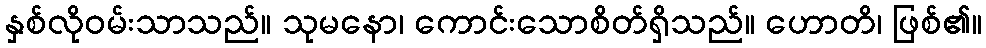
နှစ်လိုဝမ်းသာသည်။ သုမနော၊ ကောင်းသောစိတ်ရှိသည်။ ဟောတိ၊ ဖြစ်၏။